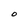
Character: O